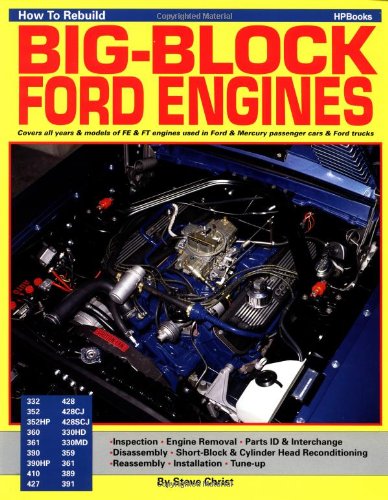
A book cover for How To Rebuild BIG-BLOCK FORD ENGINES; Steve Christ; Engineering & Transportation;